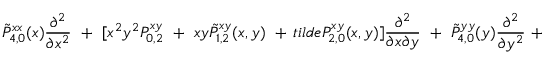
\tilde { P } _ { 4 , 0 } ^ { x x } ( x ) { \frac { \partial ^ { 2 } } { \partial x ^ { 2 } } } \ + \ [ x ^ { 2 } y ^ { 2 } P _ { 0 , 2 } ^ { x y } \ + \ x y \tilde { P } _ { 1 , 2 } ^ { x y } ( x , y ) \ + \, t i l d e { P } _ { 2 , 0 } ^ { x y } ( x , y ) ] { \frac { \partial ^ { 2 } } { \partial x \partial y } } \ + \ \tilde { P } _ { 4 , 0 } ^ { y y } ( y ) { \frac { \partial ^ { 2 } } { \partial y ^ { 2 } } } \ +